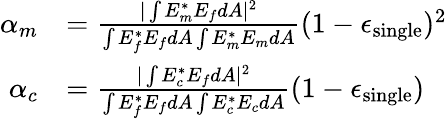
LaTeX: \begin{array}{rl}{\alpha_{m}}&{=\frac{|\int E_{m}^{*}E_{f}dA|^{2}}{\int E_{f}^{*}E_{f}dA\int E_{m}^{*}E_{m}dA}(1-\epsilon_{\mathrm{single}})^{2}}\\ {\alpha_{c}}&{=\frac{|\int E_{c}^{*}E_{f}dA|^{2}}{\int E_{f}^{*}E_{f}dA\int E_{c}^{*}E_{c}dA}(1-\epsilon_{\mathrm{single}})}\end{array}